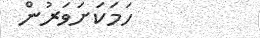
ހަމަކަށަވަރުން